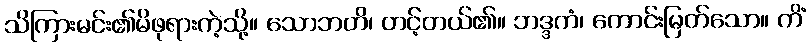
သိကြားမင်း၏မိဖုရားကဲ့သို့။ သောဘတိ၊ တင့်တယ်၏။ ဘဒ္ဒကံ၊ ကောင်းမြတ်သော။ ကိံ